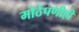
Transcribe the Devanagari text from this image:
मोठेपणीही